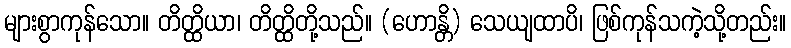
များစွာကုန်သော။ တိတ္ထိယာ၊ တိတ္ထိတို့သည်။ (ဟောန္တိ) သေယျထာပိ၊ ဖြစ်ကုန်သကဲ့သို့တည်း။